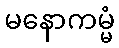
မနောကမ္မံ